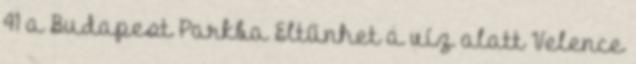
41 a Budapest Parkba Eltűnhet a víz alatt Velence